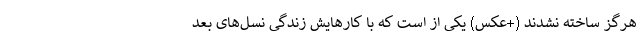
هرگز ساخته نشدند (+عکس) یکی از است که با کارهایش زندگی نسل‌های بعد